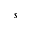
s